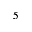
5